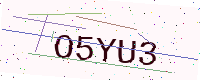
Text: O5YU3